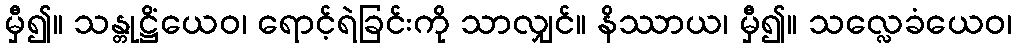
မှီ၍။ သန္တုဋ္ဌိံယေဝ၊ ရောင့်ရဲခြင်းကို သာလျှင်။ နိဿာယ၊ မှီ၍။ သလ္လေခံယေဝ၊